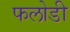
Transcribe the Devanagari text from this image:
फलोडी